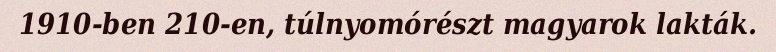
1910-ben 210-en, túlnyomórészt magyarok lakták.